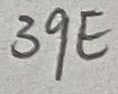
Text: 39EΩ